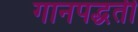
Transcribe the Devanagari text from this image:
गानपद्धती